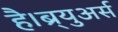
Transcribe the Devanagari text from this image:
है।ब्र्युअर्स